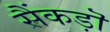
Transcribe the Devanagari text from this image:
सैंकड़ॊ